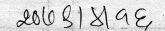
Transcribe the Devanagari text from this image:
२०७८|४९८६